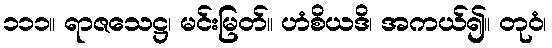
၁၁၁။ ရာဇသေဋ္ဌ၊ မင်းမြတ်။ ဟံစိယဒိ၊ အကယ်၍။ တုဝံ၊